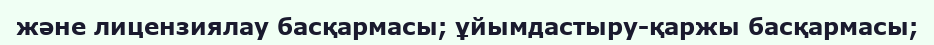
және лицензиялау басқармасы; ұйымдастыру-қаржы басқармасы;